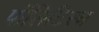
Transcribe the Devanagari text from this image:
पॉलिटिस्च